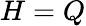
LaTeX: H=Q